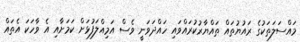
މައްސަލަތަކުގެ ރައުޔުތައް ތައްޔާރުކުރައްވައި ހައްދަވަނީ ވެސް އަމިއްލަފުޅަށް ކަމަށާއި އެ ވާހަކަ އެތައް